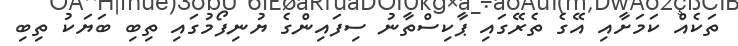
ތަކެއް ކަމަށާއި އޭގެ ތެރޭގައި ޕާކިސްތާނު ސިފައިންގެ ޔުނިފޯމުގައި ތިބި ބަޔަކު ތިބި